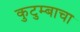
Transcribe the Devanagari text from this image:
कुटुम्बाचा